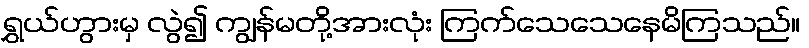
ရွှယ်ဟွားမှ လွဲ၍ ကျွန်မတို့အားလုံး ကြက်သေသေနေမိကြသည်။